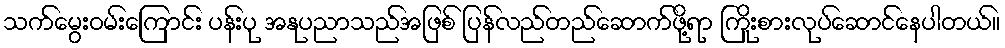
သက်မွေးဝမ်းကြောင်း ပန်းပု အနုပညာသည်အဖြစ် ပြန်လည်တည်ဆောက်ဖို့ရာ ကြိုးစားလုပ်ဆောင်နေပါတယ်။